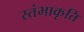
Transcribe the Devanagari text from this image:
स्तंभाकृति